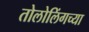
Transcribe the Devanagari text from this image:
तोलोलिंगच्या